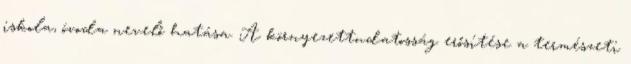
iskola, óvoda nevelő hatása. A környezettudatosság erősítése a természeti